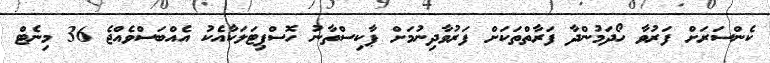
ކެންސަރަށް ފަރުވާ ހޯދަމުންދާ ފަރާތްތަކަށް ފަރުވާދިނުމަށް ޕާކިސްތާނު ހޮސްޕިޓަލަކާއެކު އެއްބަސްވެއްޖެ 36 މިނެޓް